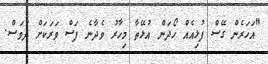
"އަހަރެން ގޭސް ފުޅިއެއް ހޯދަން އުޅޭތާ މިހާރު ވެދާނެ ފަސް ވަރަކަށް ދުވަސް.